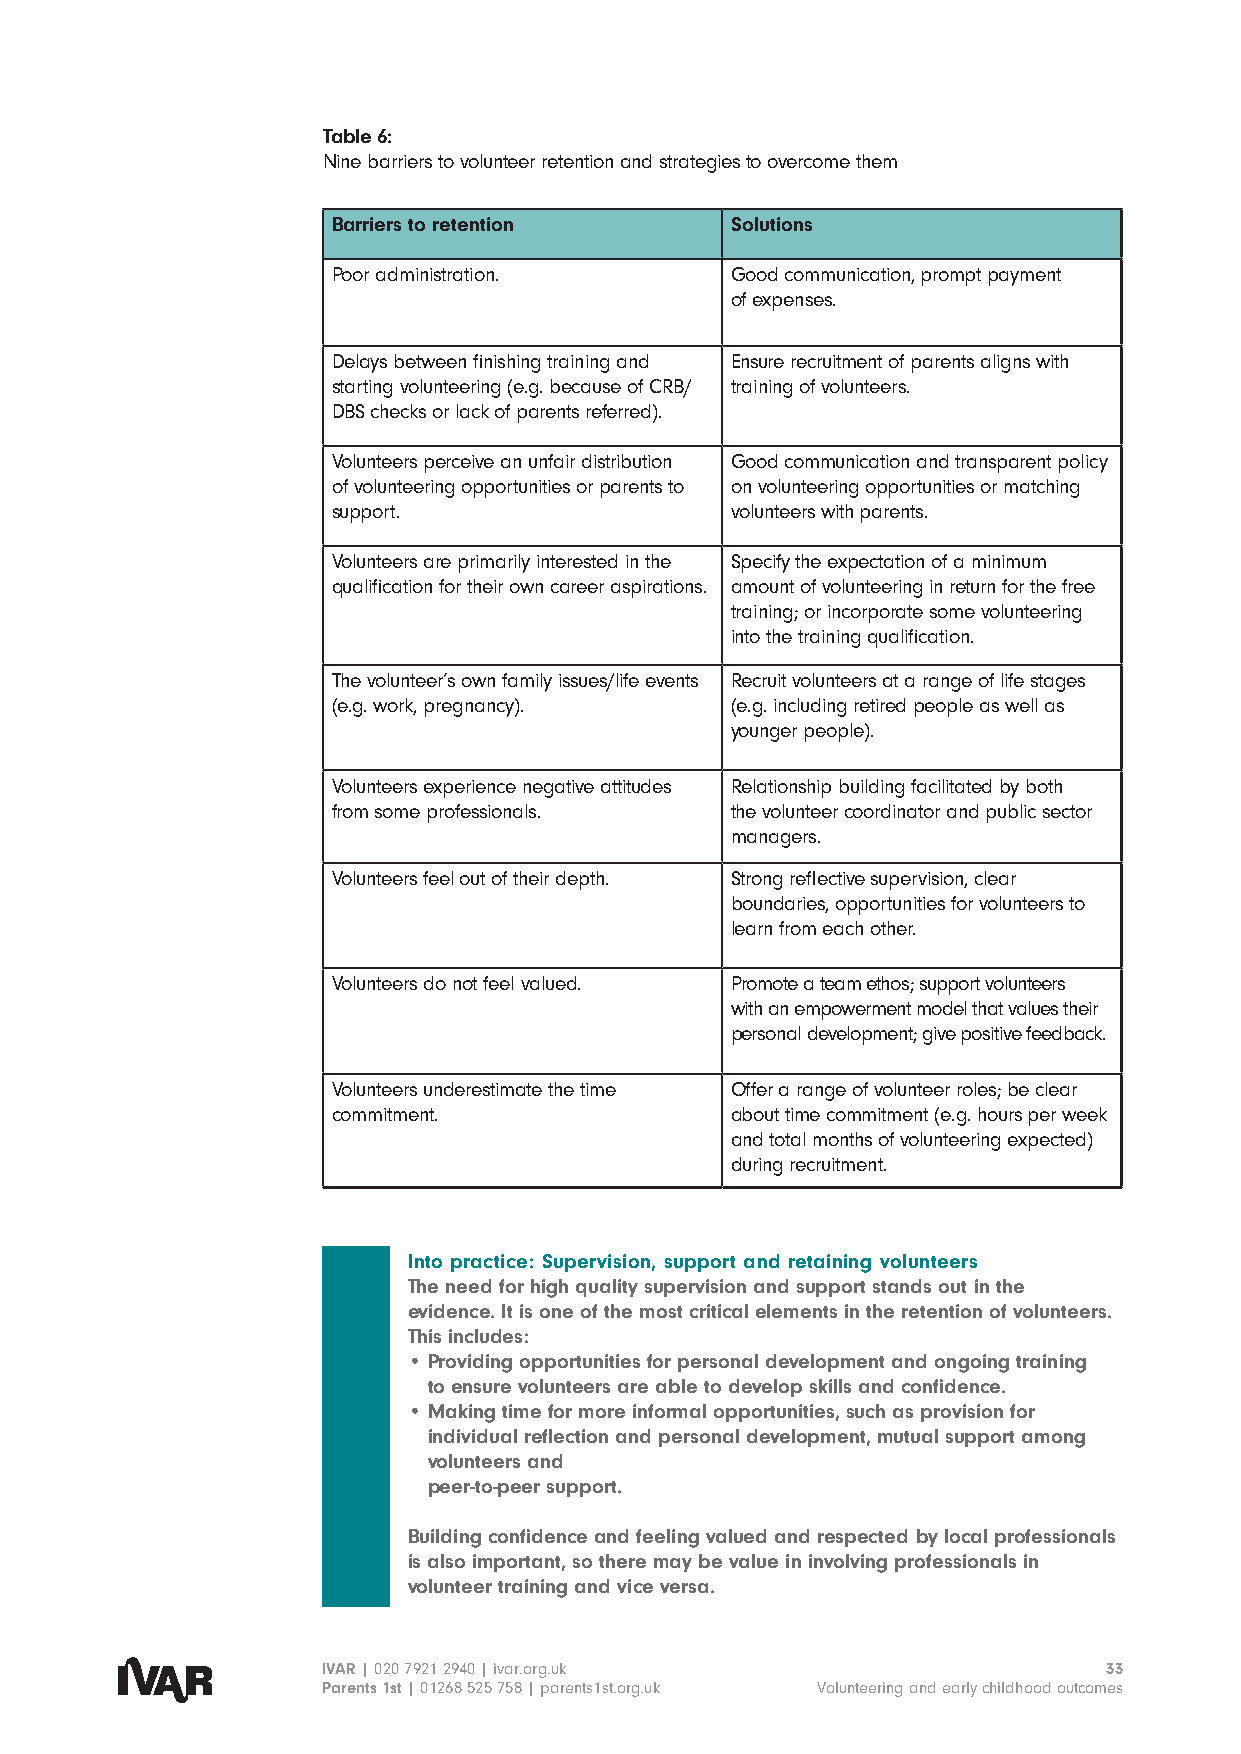
Table 6:
 Nine barriers to volunteer retention and strategies to overcome them
 Barriers to retention     Solutions
 Poor administration.      Good communication, prompt payment
 of expenses.
 Delays between finishing training and Ensure recruitment of parents aligns with
 starting volunteering (e.g. because of CRB/ training of volunteers.
 DBS checks or lack of parents referred).
 Volunteers perceive an unfair distribution Good communication and transparent policy
 of volunteering opportunities or parents to on volunteering opportunities or matching
 support.                  volunteers with parents.
 Volunteers are primarily interested in the Specify the expectation of a minimum
 qualification for their own career aspirations. amount of volunteering in return for the free
 training; or incorporate some volunteering
 into the training qualification.
 The volunteer’s own family issues/life events Recruit volunteers at a range of life stages
 (e.g. work, pregnancy).   (e.g. including retired people as well as
 younger people).
 Volunteers experience negative attitudes Relationship building facilitated by both
 from some professionals.  the volunteer coordinator and public sector
 managers.
 Volunteers feel out of their depth. Strong reflective supervision, clear
 boundaries, opportunities for volunteers to
 learn from each other.
 Volunteers do not feel valued. Promote a team ethos; support volunteers
 with an empowerment model that values their
 personal development; give positive feedback.
 Volunteers underestimate the time Offer a range of volunteer roles; be clear
 commitment.               about time commitment (e.g. hours per week
 and total months of volunteering expected)
 during recruitment.
 Into practice: Supervision, support and retaining volunteers
 The need for high quality supervision and support stands out in the
 evidence. It is one of the most critical elements in the retention of volunteers.
 This includes:
 • Providing opportunities for personal development and ongoing training
 to ensure volunteers are able to develop skills and confidence.
 • Making time for more informal opportunities, such as provision for
 individual reflection and personal development, mutual support among
 volunteers and
 peer-to-peer support.
 Building confidence and feeling valued and respected by local professionals
 is also important, so there may be value in involving professionals in
 volunteer training and vice versa.
 IVAR | 020 7921 2940 | ivar.org.uk                  33
 Parents 1st | 01268 525 758 | parents1st.org.uk Volunteering and early childhood outcomes